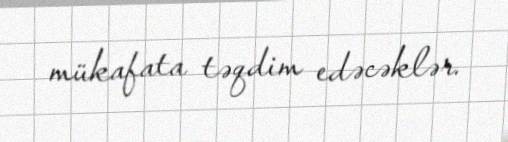
mükafata təqdim edəcəklər.